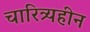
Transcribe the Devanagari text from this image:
चारित्र्यहीन